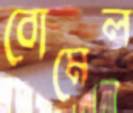
বোমেল